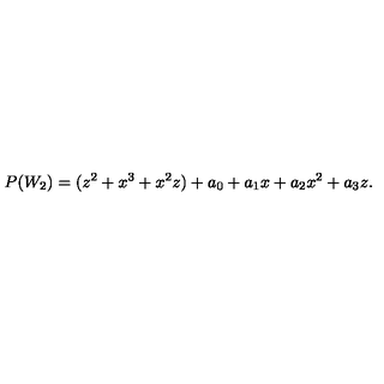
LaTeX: P ( W _ { 2 } ) = ( z ^ { 2 } + x ^ { 3 } + x ^ { 2 } z ) + a _ { 0 } + a _ { 1 } x + a _ { 2 } x ^ { 2 } + a _ { 3 } z .